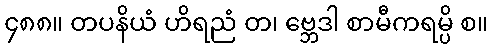
၄၈၈။ တပနိယံ ဟိရညံ တ၊ ဗ္ဘေဒါ စာမီကရမ္ပိ စ။